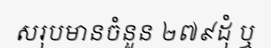
សរុបមានចំនួន ២៧៩ដុំ ឬ